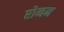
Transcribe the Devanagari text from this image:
रोनम